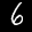
Label: 6